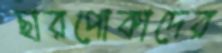
ছারপোকাদের